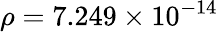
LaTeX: \rho=7.249\times 10^{-14}